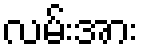
လမ်းအား